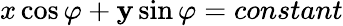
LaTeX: x\cos\varphi+\mathbf{y}\sin\varphi=constant